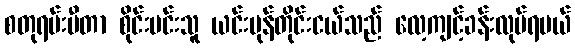
စတုရမ်းမီတာ စိုင်းမင်းသူ ယင်းမုန်တိုင်းငယ်သည် လေ့ကျင့်ခန်းလုပ်ရမယ်